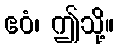
ဧဝံ၊ ဤသို့။